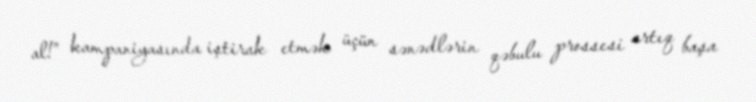
al!” kampaniyasında iştirak etmək üçün sənədlərin qəbulu prossesi artıq başa